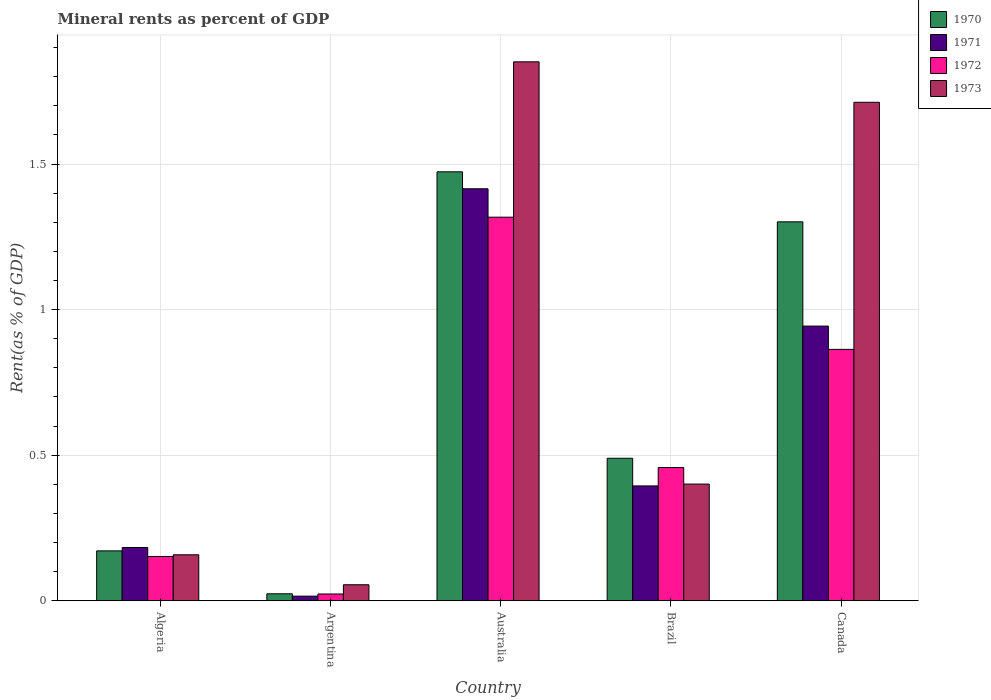
| Country | 1970 | 1971 | 1972 | 1973 |
 | --- | --- | --- | --- | --- |
 | Algeria | 0.171 | 0.183 | 0.152 | 0.158 |
 | Argentina | 0.0239 | 0.0159 | 0.0233 | 0.055 |
 | Australia | 1.47 | 1.42 | 1.32 | 1.85 |
 | Brazil | 0.49 | 0.395 | 0.458 | 0.401 |
 | Canada | 1.3 | 0.944 | 0.864 | 1.71 |